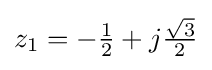
{\textstyle z_{1}=-{\frac {1}{2}}+j{\frac {\sqrt {3}}{2}}}